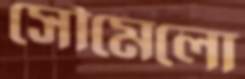
সৌমেলো